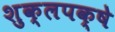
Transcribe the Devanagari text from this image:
शुक्लपक्षे